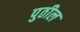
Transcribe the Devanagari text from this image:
पुठील